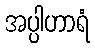
အပ္ပါဟာရံ